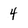
Character: 4